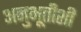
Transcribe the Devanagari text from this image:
अनुभूतीशी